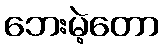
ဘေးမဲ့တော